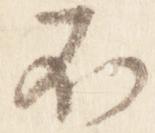
不